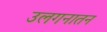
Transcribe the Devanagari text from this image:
उलगनातन